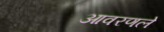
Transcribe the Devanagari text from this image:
आवरणले